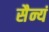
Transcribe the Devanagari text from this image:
सैन्यं